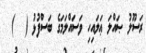
ރަސޫލު ޞައްލަ ޢަލައިހި ވަސައްލަމަގެ ބަސްފުޅު (  )